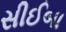
સીઈબા